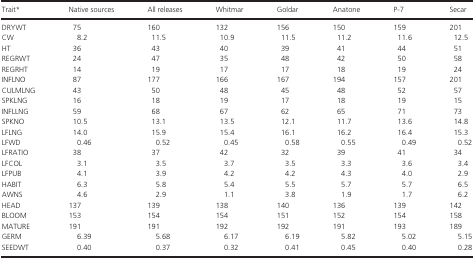
| Trait* | Native sources | All releases | Whitmar | Goldar | Anatone | P-7 | Secar |
 | --- | --- | --- | --- | --- | --- | --- | --- |
 | DRYWT | 75 | 160 | 132 | 156 | 150 | 159 | 201 |
 | CW | 8.2 | 11.5 | 10.9 | 11.5 | 11.2 | 11.6 | 12.5 |
 | HT | 36 | 43 | 40 | 39 | 41 | 44 | 51 |
 | REGRWT | 24 | 47 | 35 | 48 | 42 | 50 | 58 |
 | REGRHT | 14 | 19 | 17 | 17 | 18 | 19 | 24 |
 | INFLNO | 87 | 177 | 166 | 167 | 194 | 157 | 201 |
 | CULMLNG | 43 | 50 | 48 | 45 | 48 | 52 | 57 |
 | SPKLNG | 16 | 18 | 19 | 17 | 18 | 19 | 15 |
 | INFLLNG | 59 | 68 | 67 | 62 | 65 | 71 | 73 |
 | SPKNO | 10.5 | 13.1 | 13.5 | 12.1 | 11.7 | 13.6 | 14.8 |
 | LFLNG | 14.0 | 15.9 | 15.4 | 16.1 | 16.2 | 16.4 | 15.3 |
 | LFWD | 0.46 | 0.52 | 0.45 | 0.58 | 0.55 | 0.49 | 0.52 |
 | LFRATIO | 38 | 37 | 42 | 32 | 39 | 41 | 34 |
 | LFCOL | 3.1 | 3.5 | 3.7 | 3.5 | 3.3 | 3.6 | 3.4 |
 | LFPUB | 4.1 | 3.9 | 4.2 | 4.2 | 4.3 | 4.0 | 2.9 |
 | HABIT | 6.3 | 5.8 | 5.4 | 5.5 | 5.7 | 5.7 | 6.5 |
 | AWNS | 4.6 | 2.9 | 1.1 | 3.8 | 1.9 | 1.7 | 6.2 |
 | HEAD | 137 | 139 | 138 | 140 | 136 | 139 | 142 |
 | BLOOM | 153 | 154 | 154 | 151 | 152 | 154 | 158 |
 | MATURE | 191 | 191 | 192 | 192 | 191 | 193 | 189 |
 | GERM | 6.39 | 5.68 | 6.17 | 6.19 | 5.82 | 5.02 | 5.15 |
 | SEEDWT | 0.40 | 0.37 | 0.32 | 0.41 | 0.45 | 0.40 | 0.28 |